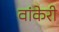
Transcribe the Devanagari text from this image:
वांकेरी